Civil Veterinary Department. United Provinces 1932-42 - 1932-1942
Year: 1932
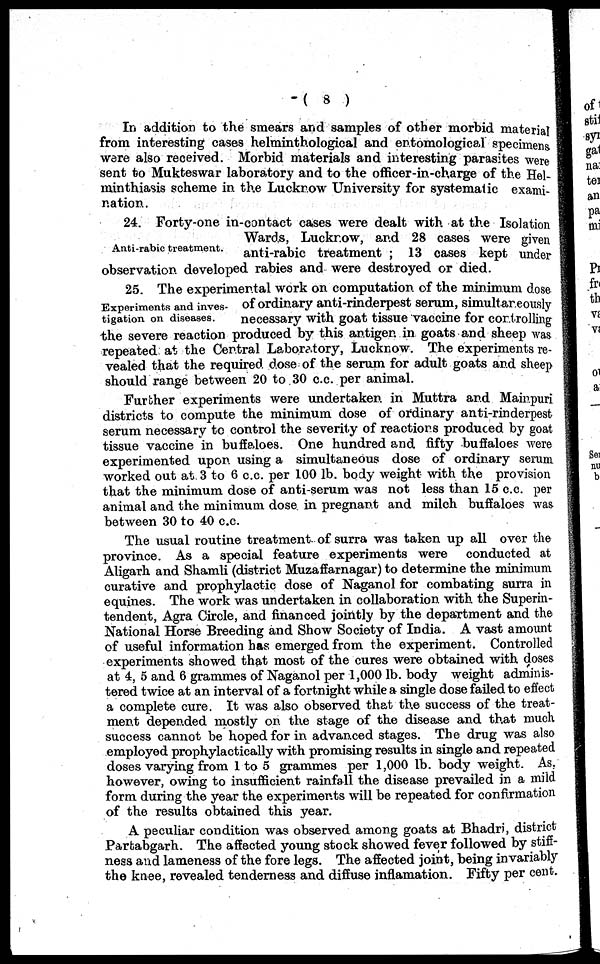
(8)
In addition to the smears and samples of other morbid material
from interesting cases helminthological and entomological specimens
were also received. Morbid materials and interesting parasites were
sent to Mukteswar laboratory and to the officer-in-charge of the Hel-
minthiasis scheme in the Lucknow University for systematic exami-
nation.
Anti-rabic treatment.
24. Forty-one in-contact cases were dealt with at the Isolation
Wards, Lucknow, and 28 cases were given
anti-rabic treatment; 13 cases kept under
observation developed rabies and were destroyed or died.
Experiments and inves-
tigation on diseases.
25. The experimental work on computation of the minimum dose
of ordinary anti-rinderpest serum, simultaneously
necessary with goat tissue vaccine for controlling
the severe reaction produced by this antigen in goats and sheep was
repeated at the Central Laboratory, Lucknow. The experiments re-
vealed that the required dose of the serum for adult goats and sheep
should range between 20 to 30 c.c. per animal.
Further experiments were undertaken in Muttra and Mainpuri
districts to compute the minimum dose of ordinary anti-rinderpest
serum necessary to control the severity of reactions produced by goat
tissue vaccine in buffaloes. One hundred and fifty buffaloes were
experimented upon using a simultaneous dose of ordinary serum
worked out at 3 to 6 c.c. per 100 lb. body weight with the provision
that the minimum dose of anti-serum was not less than 15 c.c. per
animal and the minimum dose in pregnant and milch buffaloes was
between 30 to 40 c.c.
The usual routine treatment of surra was taken up all over the
province. As a special feature experiments were conducted at
Aligarh and Shamli (district Muzaffarnagar) to determine the minimum
curative and prophylactic dose of Naganol for combating surra in
equines. The work was undertaken in collaboration with the Superin-
tendent, Agra Circle, and financed jointly by the department and the
National Horse Breeding and Show Society of India. A vast amount
of useful information has emerged from the experiment. Controlled
experiments showed that most of the cures were obtained with doses
at 4, 5 and 6 grammes of Naganol per 1,000 lb. body weight adminis-
tered twice at an interval of a fortnight while a single dose failed to effect
a complete cure. It was also observed that the success of the treat-
ment depended mostly on the stage of the disease and that much
success cannot be hoped for in advanced stages. The drug was also
employed prophylactically with promising results in single and repeated
doses varying from 1 to 5 grammes per 1,000 lb. body weight. As.
however, owing to insufficient rainfall the disease prevailed in a mild
form during the year the experiments will be repeated for confirmation
of the results obtained this year.
A peculiar condition was observed among goats at Bhadri, district
Partabgarh. The affected young stock showed fever followed by stiff-
ness and lameness of the fore legs. The affected joint, being invariably
the knee, revealed tenderness and diffuse inflamation. Fifty per cent.